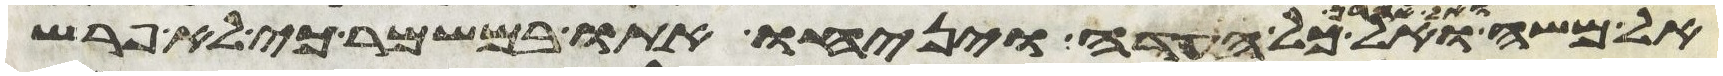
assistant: אל משה ואל אהרן ואל כל העדה ויניחו אתו במשמר כי לא פרש